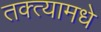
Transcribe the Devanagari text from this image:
तक्त्यामधे